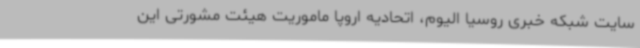
سایت شبکه خبری روسیا الیوم، اتحادیه اروپا ماموریت هیئت مشورتی این